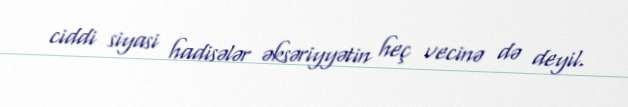
ciddi siyasi hadisələr əksəriyyətin heç vecinə də deyil.